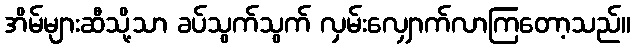
အိမ်များဆီသို့သာ ခပ်သွက်သွက် လှမ်းလျှောက်လာကြတော့သည်။